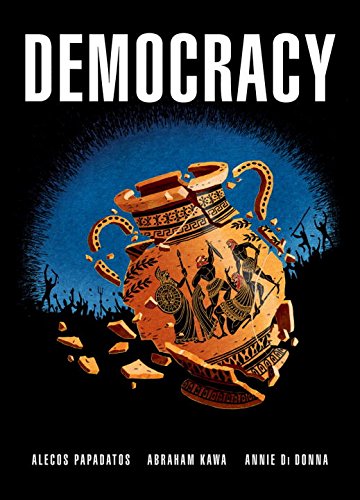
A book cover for Democracy; Alecos Papadatos; Comics & Graphic Novels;